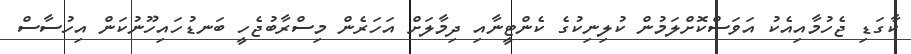
ކާގަޑި ޖެހުމާއިއެކު އަވަސްކޮށްލަމުން ކުލިނިކުގެ ކެންޓީނާއި ދިމާލަށް އަހަރެން މިސްރާބުޖެހީ ބަނޑުހައިހޫނުކަން އިހުސާސް